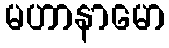
မဟာနာမော